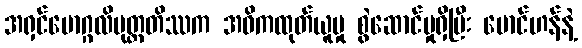
အရှင်မောဂ္ဂလိပုတ္တတိဿက အဓိကထုတ်ယူမှု စွဲဆောင်မှုရှိပြီး မောင်ဟန်နဲ့